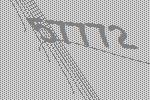
57772